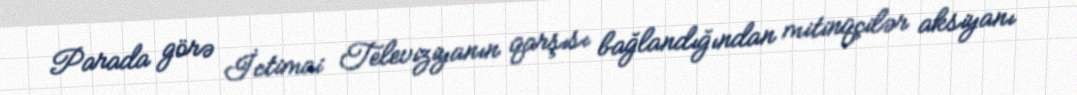
Parada görə İctimai Televiziyanın qarşısı bağlandığından mitinqçilər aksiyanı